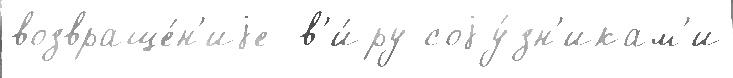
возвраще́н'иjе  в'и́ру соjу́зн'икам'и